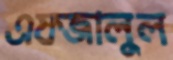
এফজালুল